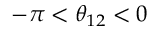
- \pi < \theta _ { 1 2 } < 0